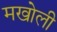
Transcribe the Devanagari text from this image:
मखोली